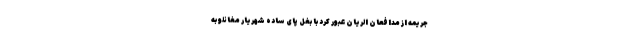
جریمه از مدافعان الریان عبور کرد با بغل پای ساده شهریار مغانلو به